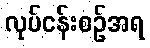
လုပ်ငန်းစဉ်အရ